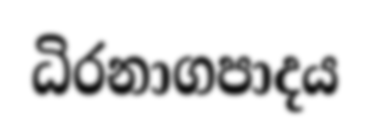
ධිරනාගපාදය